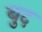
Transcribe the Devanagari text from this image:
बुद